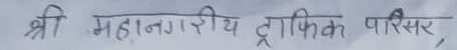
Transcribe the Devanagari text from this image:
श्री महानगरिय ट्राफिक परिसर,